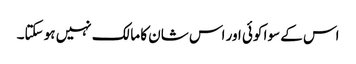
اس کے سوا کوئی اور اس شان کا مالک نہیں ہو سکتا۔